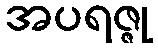
အပရဇ္ဇု